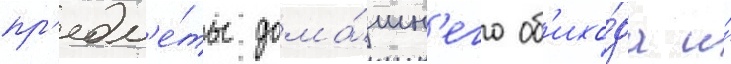
пр'едм'е́ты дома́шн'его об'ихо́да и́